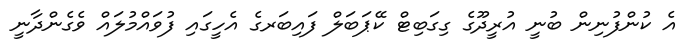
އެ ކުންފުނިން ބުނީ އުރީދޫގެ ގިގަބިޓް ކޭޕަބަލް ފައިބަރގެ އެހީގައި ފުވައްމުލައް ވެގެންދާނީ